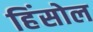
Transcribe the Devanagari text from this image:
हिंसोल